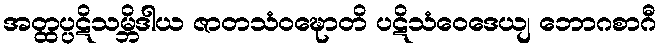
အတ္ထပ္ပဋိသမ္ဘိဒါယ ဇာတသံဝဍ္ဎောတိ ပဋိသံဝေဒေယျ ဘောဂစာဂီ